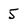
Character: 5